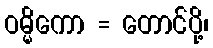
ဝမ္မိကော = တောင်ပို့၊